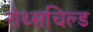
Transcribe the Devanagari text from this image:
रोथ्सचिल्ड